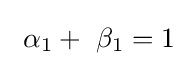
~\alpha _{1}+~\beta _{1}=1